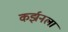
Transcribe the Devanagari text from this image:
कर्झनला